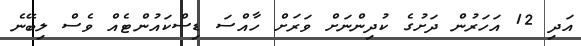
އަދި 12 އަހަރުން ދަށުގެ ކުދިންނަށް ވަރަށް ހާއްސަ ޑިސްކައުންޓެއް ވެސް ލިބޭނެ